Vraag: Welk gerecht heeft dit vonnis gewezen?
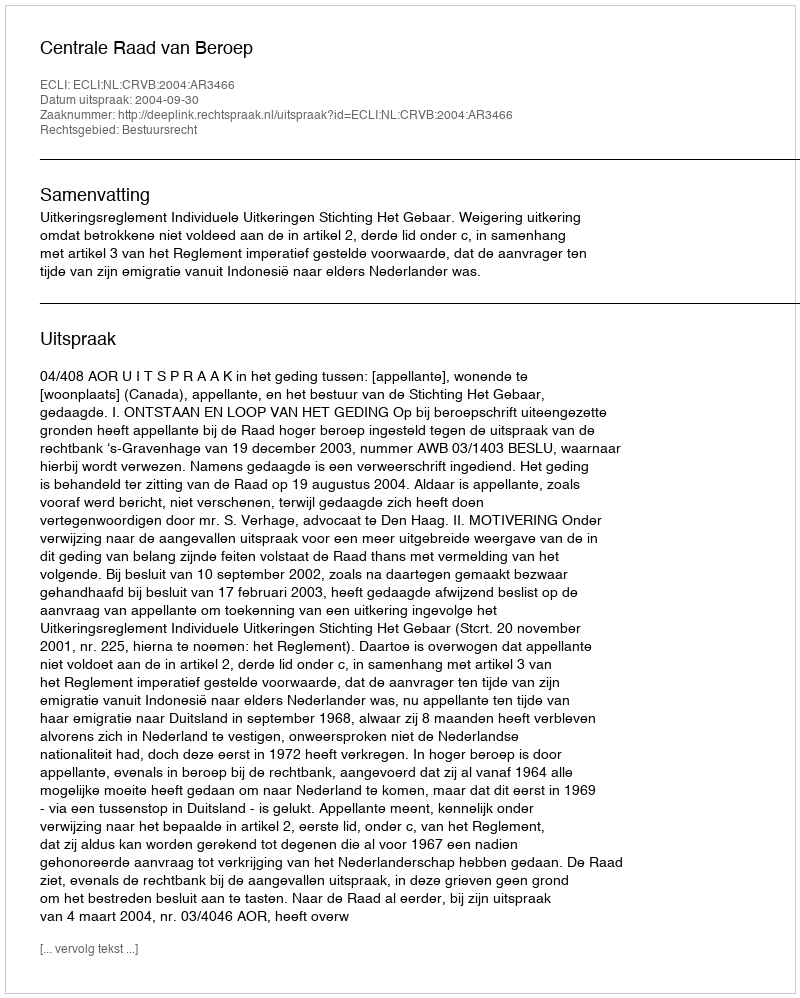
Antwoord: Centrale Raad van Beroep